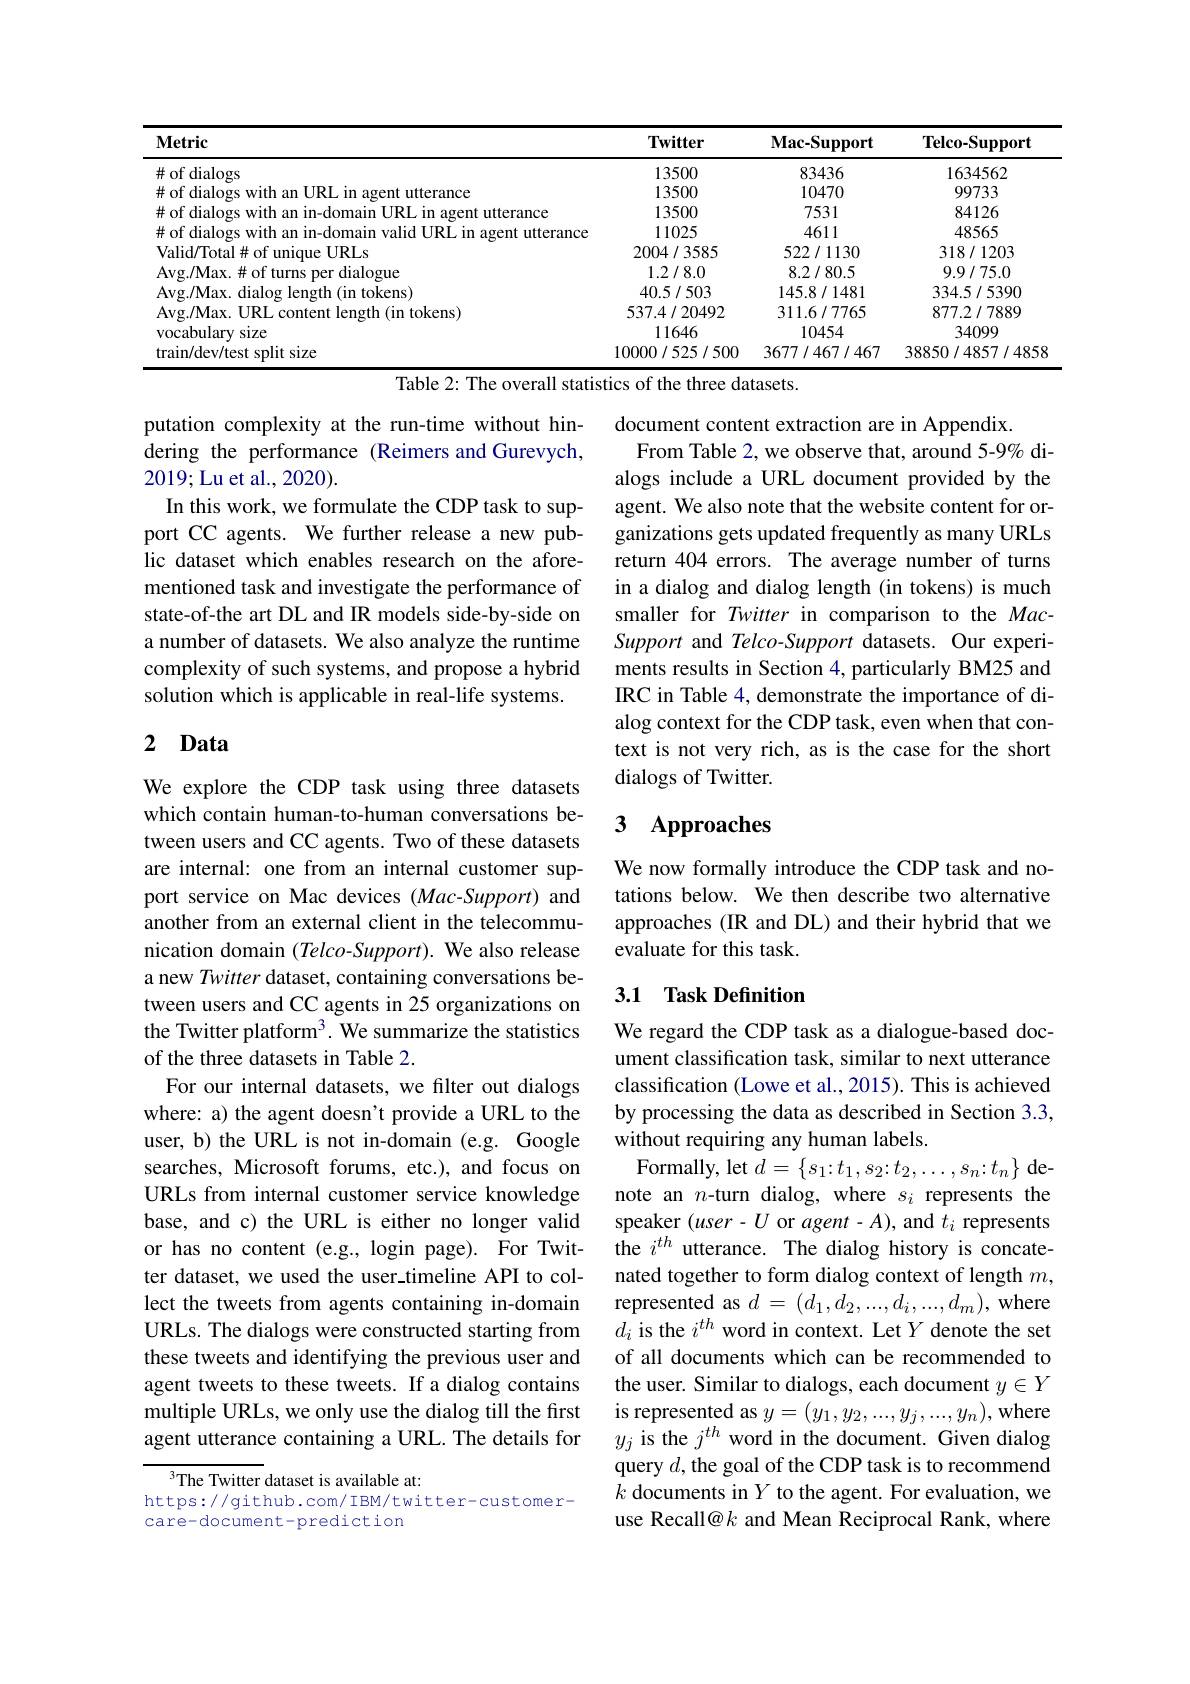
<table>
	<tbody>
		<tr>
			<th>Metric</th>
			<th>$\mathbf{Twitter}$</th>
			<th>$\mathbf{Mac-Support}$</th>
			<th>${\mathbf{Telco-Support}}$</th>
		</tr>
		<tr>
			<td>$\#$ of dialogs</td>
			<td>13500</td>
			<td>83436</td>
			<td>1634562</td>
		</tr>
		<tr>
			<td>$\#$of dialogs Wifh 11 $|||R|$ agent utterance</td>
			<td>13500</td>
			<td>10470</td>
			<td>99733</td>
		</tr>
		<tr>
			<td>utterance 11alnos</td>
			<td>13500</td>
			<td>7531</td>
			<td>84126</td>
		</tr>
		<tr>
			<td>utterance</td>
			<td>11025</td>
			<td>4611</td>
			<td>48565</td>
		</tr>
		<tr>
			<td>Valid$f|$otal $\mathrm{URI}_{\mathrm{S}}$</td>
			<td>2004/3585</td>
			<td>522/1130</td>
			<td>318/1203</td>
		</tr>
		<tr>
			<td>$\Delta vo/Mar$ dialogue</td>
			<td>1.2/8.0</td>
			<td>8.2/80.5</td>
			<td>9.9/75.0</td>
		</tr>
		<tr>
			<td>$\mathbf{A}\mathbf{v}\mathbf{\sigma}/\mathbf{M}\mathbf{ax}$ 1(in tokens) lenoth</td>
			<td>40.5/503</td>
			<td>145.8/1481</td>
			<td>334.5/5390</td>
		</tr>
		<tr>
			<td>$4vo/May$ $|||R|$ 1(in tokens) $||endth$</td>
			<td>537.4/20492</td>
			<td>311.6/7765</td>
			<td>877.2/7889</td>
		</tr>
		<tr>
			<td>vocabulary size</td>
			<td>11646</td>
			<td>10454</td>
			<td>34099</td>
		</tr>
		<tr>
			<td>$1/dev/test$ split size</td>
			<td>10000/525/500</td>
			<td>3677/467/467</td>
			<td>38850/4857/4858</td>
		</tr>
	</tbody>
</table>

Table 2: The overall statistics of the three datasets.

putation complexity at the run-time without hindering the performance (Reimers and Gurevych, 2019;Lu et al., 2020).
In this work, we formulate the CDP task to support CC agents. We further release a new public dataset which enables research on the aforementioned task and investigate the performance of state-of-the art DL and IR models side-by-side on a number of datasets. We also analyze the runtime complexity of such systems, and propose a hybrid solution which is applicable in real-life systems.

document content extraction are in Appendix.
From Table 2, we observe that, around 5-9% dialogs include a URL document provided by the agent. We also note that the website content for organizations gets updated frequently as many URLs return 404 errors. The average number of turns in a dialog and dialog length (in tokens) is much smaller for Twitter in comparison to the MacSupport and Telco-Support datasets. Our experiments results in Section 4, particularly BM25 and IRC in Table 4, demonstrate the importance of dialog context for the CDP task, even when that context is not very rich, as is the case for the short dialogs of Twitter.

## 2 Data

## 3 $\mathbf{Approaches}$

We now formally introduce the CDP task and notations below. We then describe two alternative approaches (IR and DL) and their hybrid that we evaluate for this task.

# 3.1 Task Definition

We explore the CDP task using three datasets which contain human-to-human conversations between users and CC agents. Two of these datasets are internal: one from an internal customer support service on Mac devices (Mac-Support) and another from an external client in the telecommunication domain (Telco-Support). We also release a new Twitter dataset, containing conversations between users and CC agents in 25 organizations on the Twitter platform$^3.$ We summarize the statistics of the three datasets in Table 2.
For our internal datasets, we filter out dialogs where: a) the agent doesn't provide a URL to the user, b) the URL is not in-domain (e.g. Google searches, Microsoft forums, etc.), and focus on URLs from internal customer service knowledge base, and c) the URL is either no longer valid or has no content (e.g., login page). For Twitter dataset, we used the user\_timeline API to collect the tweets from agents containing in-domain URLs. The dialogs were constructed starting from these tweets and identifying the previous user and agent tweets to these tweets. If a dialog contains multiple URLs, we only use the dialog till the first is represented as $y= ( y_{1}, y_{2}, . . . , y_{j}, . . . , y_{n}) $,where agent utterance containing a URL. The details for$y_{j}$ is the $j^{th}$ word in the document. Given dialog

We regard the CDP task as a dialogue-based document classification task, similar to next utterance classification (Lowe et al., 2015). This is achieved by processing the data as described in Section 3.3, without requiring any human labels.
Formally, let $d=\{s_1{:}t_1,s_2{:}t_2,\ldots,s_n{:}t_n\}$ denote an $n$-turn dialog, where $s_i$ represents the speaker $(user-U$ or $agent-A)$, and $t_i$ represents the $i^{th}$ utterance. The dialog history is concatenated together to form dialog context of length $m$, represented as $d=(d_1,d_2,...,d_i,...,d_m)$, where $d_{i}$ is the $i^th$ word in context. Let $Y$ denote the set of all documents which can be recommended to the user. Similar to dialogs, each document $y\in Y$ query $d$,the goal of the CDP task is to recommend $k$ documents in $Y$ to the agent. For evaluation, we use Recall@k and Mean Reciprocal Rank, where

$^3$The Twitter dataset is available at:
https://github.com/ IBM/twitter-customer-
care-document-prediction